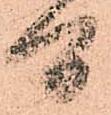
間